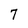
Character: 7